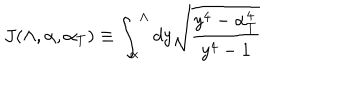
LaTeX: J ( \Lambda , \alpha , \alpha _ { T } ) \equiv \int _ { \alpha } ^ { \Lambda } d y \sqrt { \frac { y ^ { 4 } - \alpha _ { T } ^ { 4 } } { y ^ { 4 } - 1 } }